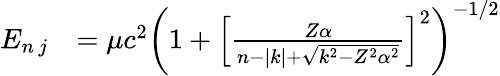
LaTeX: \begin{array}{rl}{E_{n\, j}}&{=\mu c^{2}\left(1+\left[{\frac{Z\alpha}{n-|k|+{\sqrt{k^{2}-Z^{2}\alpha^{2}}}}}\right]^{2}\right)^{-1/2}}\end{array}